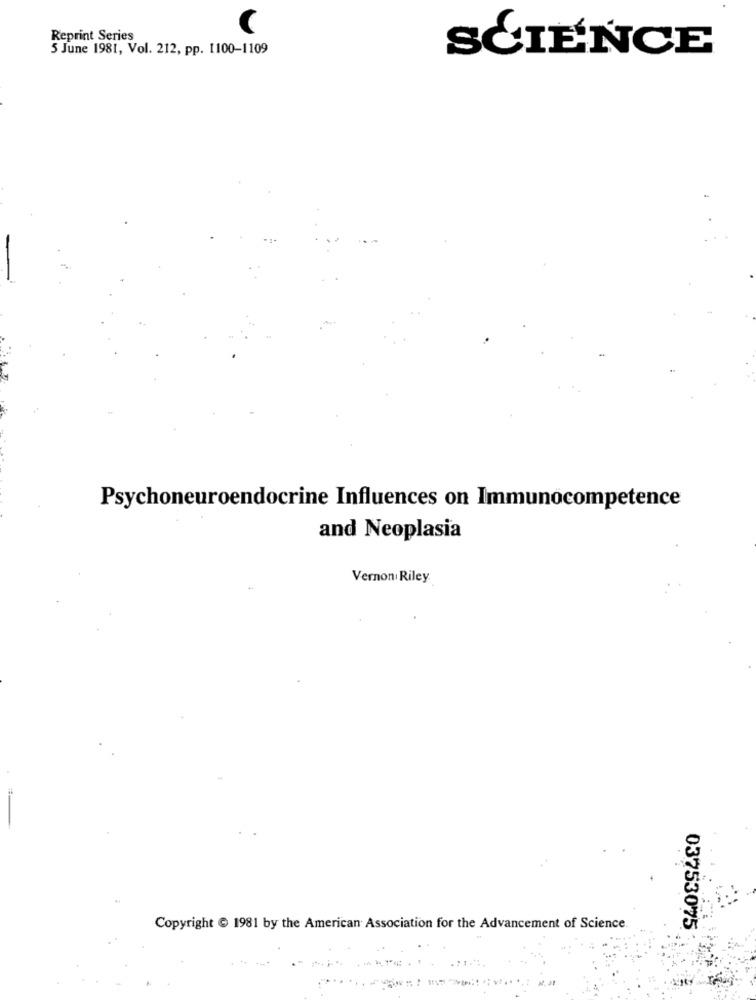
Reprint Series
5 June 1981, Vol. 212, pp. 1100-1109
SCIENCE
Psychoneuroendocrine Influences on Immunocompetence
and Neoplasia
Vernon Riley
Copyright & 1981 by the American Association for the Advancement of Science
03753075